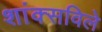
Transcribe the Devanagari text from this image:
शांक्सविले